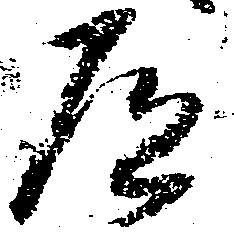
屋